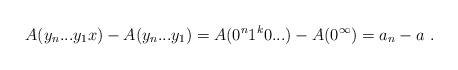
LaTeX: \begin{align*}A(y_n...y_1x) - A(y_n...y_1) = A(0^n1^k0...) - A(0^\infty) = a_n - a \ .\end{align*}